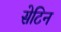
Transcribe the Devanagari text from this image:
सेटिन